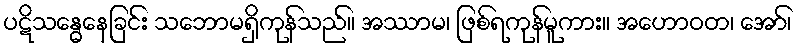
ပဋိသန္ဓေနေခြင်း သဘောမရှိကုန်သည်။ အဿာမ၊ ဖြစ်ရကုန်မူကား။ အဟောဝတ၊ အော်၊